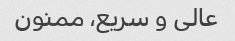
عالی و سریع، ممنون